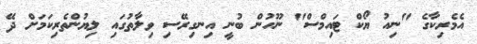
އެމެރިކާގެ "ނިއު ޔޯކް ޓައިމްސް" ނޫހުން ބުނީ އިނގިރޭސި ވިލާތުގައި ލިޔުންތެރިކަމަށް ދޭ